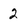
Character: 2